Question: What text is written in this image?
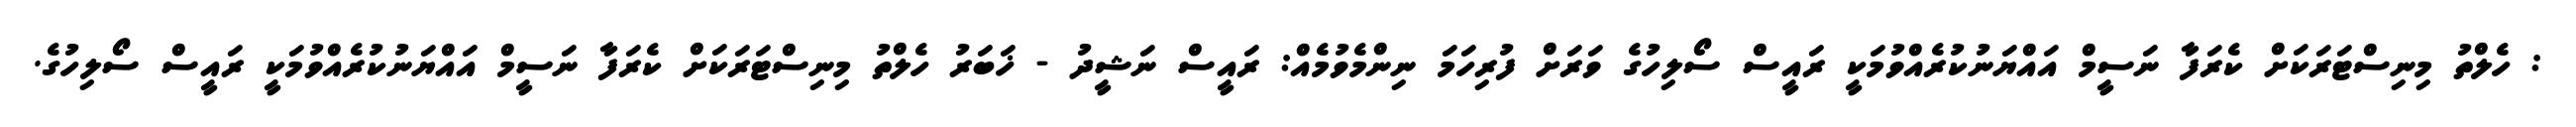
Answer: : ހެލްތު މިނިސްޓަރަކަށް ކެރަފާ ނަސީމް އައްޔަނުކުރެއްވުމަކީ ރައީސް ސޯލިހުގެ ވަރަށް ފުރިހަމަ ނިންމެވުމެއް: ރައީސް ނަޝީދު - ޚަބަރު ހެލްތު މިނިސްޓަރަކަށް ކެރަފާ ނަސީމް އައްޔަނުކުރެއްވުމަކީ ރައީސް ސޯލިހުގެ.